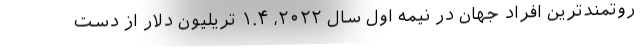
روتمندترین افراد جهان در نیمه اول سال ۲۰۲۲، ۱.۴ تریلیون دلار از دست